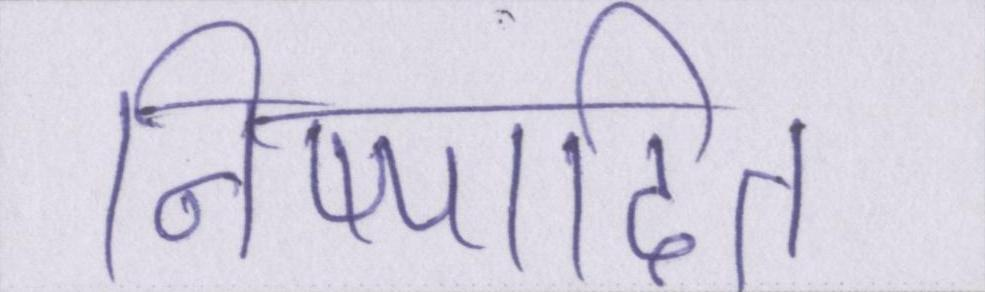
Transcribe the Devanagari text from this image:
निष्पादित